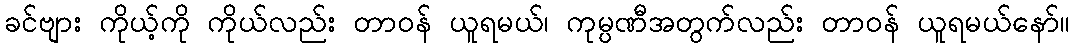
ခင်ဗျား ကိုယ့်ကို ကိုယ်လည်း တာဝန် ယူရမယ်၊ ကုမ္ပဏီအတွက်လည်း တာဝန် ယူရမယ်နော်။